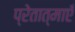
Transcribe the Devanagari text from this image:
प्रेतात्माएँ